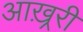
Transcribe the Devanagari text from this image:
आख़्ररी